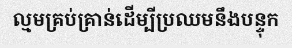
ល្មមគ្រប់គ្រាន់ដើម្បីប្រឈមនឹងបន្ទុក